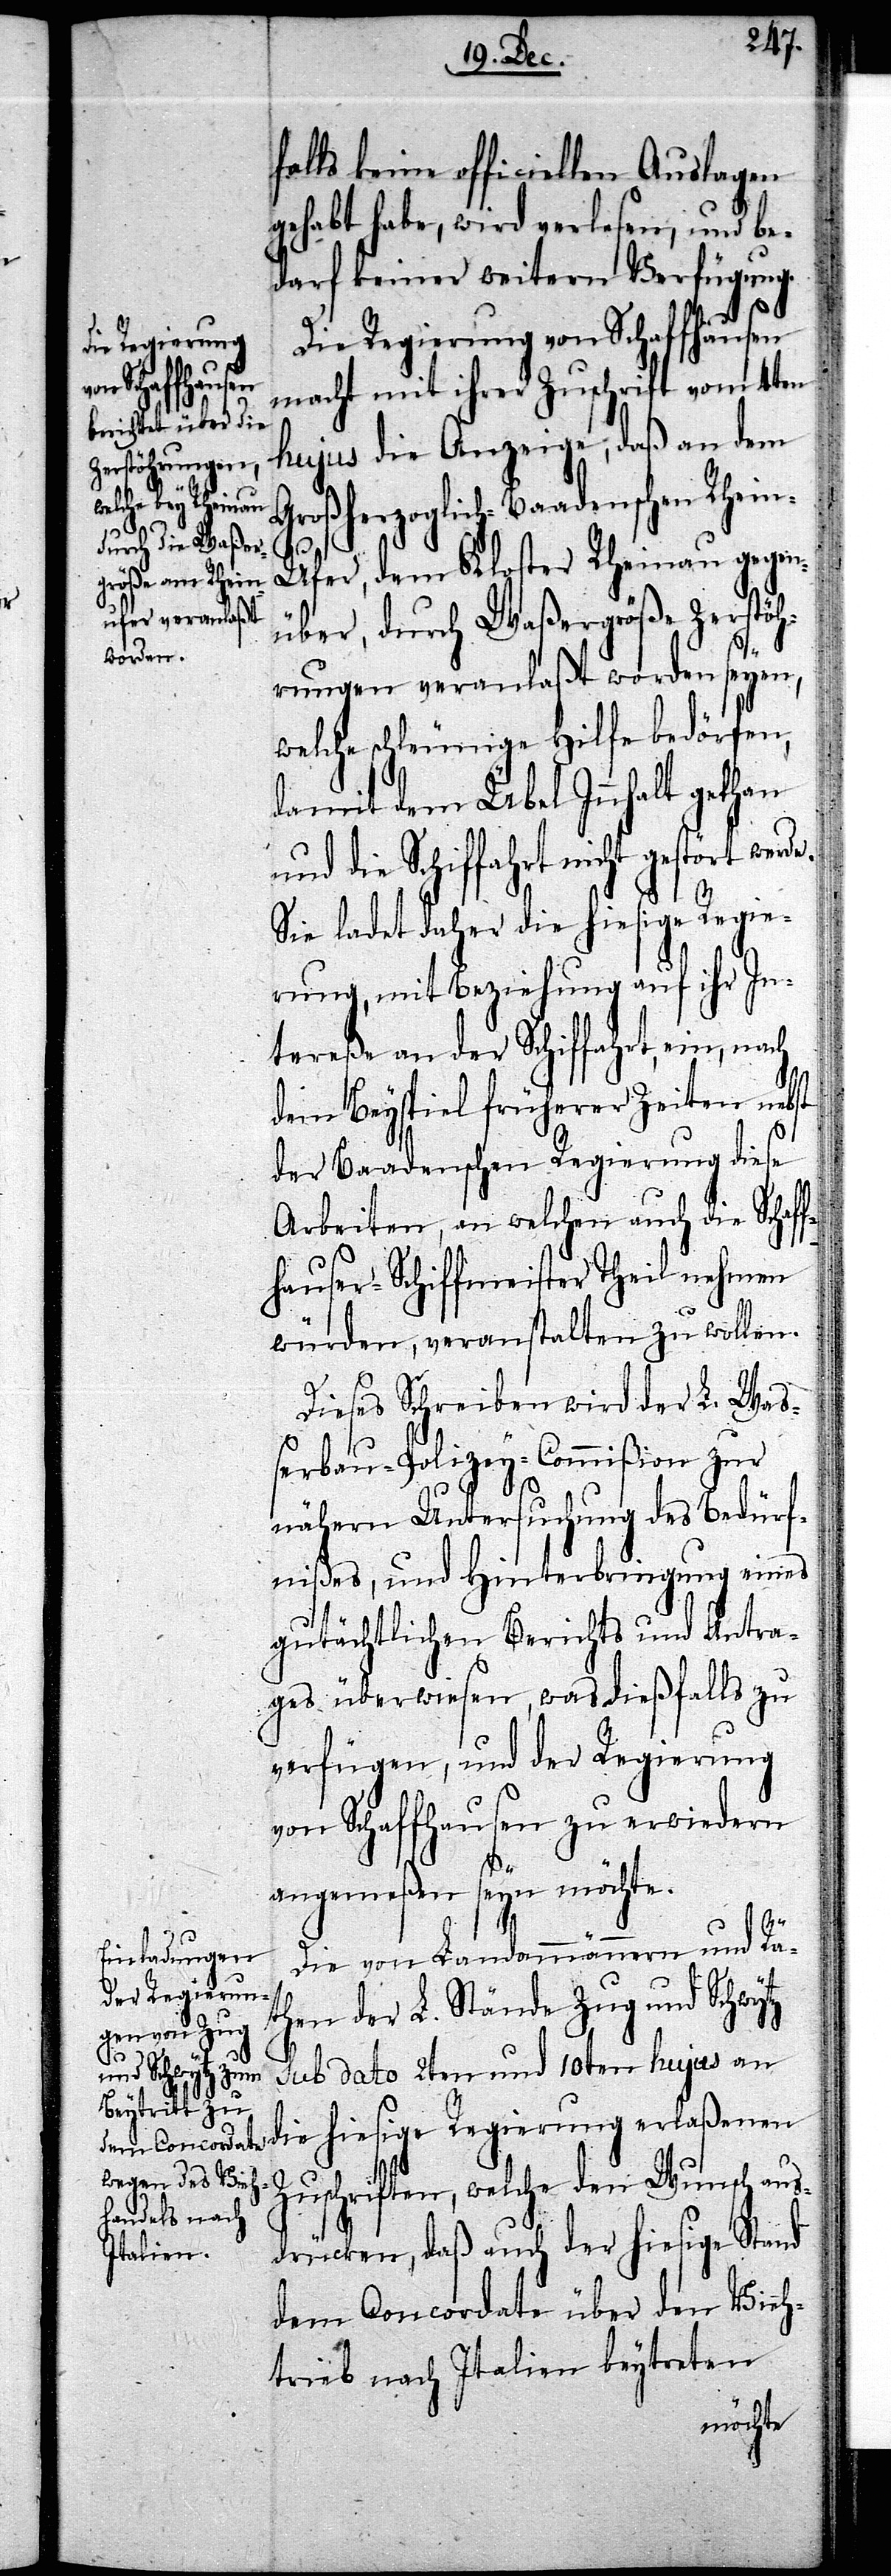
falls keine officiellen Auslagen
gehabt habe, wird verlesen, und be¬
darf keiner weitern Verfügung.
Die Regierung von Schaffhausen
ge Regierung
erlaßenen
macht mit ihrer Zuschrift vom 4ten
hujus die Anzeige, daß an dem
Großherzoglich-Baadenschen Rhei¬
hiesi¬
n-Ufer, dem Kloster Rheinau gegen¬
über, durch Waßergröße Zerstöh¬
rungen veranlaßt worden seyen,
welche schleunige Hilfe bedörfen,
damit dem Übel Innhalt gethan
und die Schiffahrt nicht gestört wer¬
Sie ladet daher die hiesige Regie¬
rung, mit Beziehung auf ihr In¬
tereße an der Schiffahrt, ein,
dem Beyspiel früherer Zeiten nebst
der Baadenschen Regierung diese
Arbeiten, an welchen auch die Schaff¬
hauser-Schiffmeister Theil nehmen
würden, veranstalten zu wollen.
Dieses Schreiben wird der L. Wa¬
ßerbau-Policey-Commißion zur
nähern Untersuchung des Bedürf¬
nißes, und Hinterbringung eines
gutächtlichen Berichts und Antra¬
ges überwiesen, was dießfalls zu
verfügen, und der Regierung
von Schaffhausen zu erwiedern
Die von Landammännern und Rä¬
then der L. Stände Zug und Schwytz
die
sub dato 2ten und 10ten hujus an
Zuschriften, welche den Wunsch aus¬
drücken, daß auch der hiesige Stand
dem Concordate über den Vieh¬
trieb nach Italien beytreten
möchte.